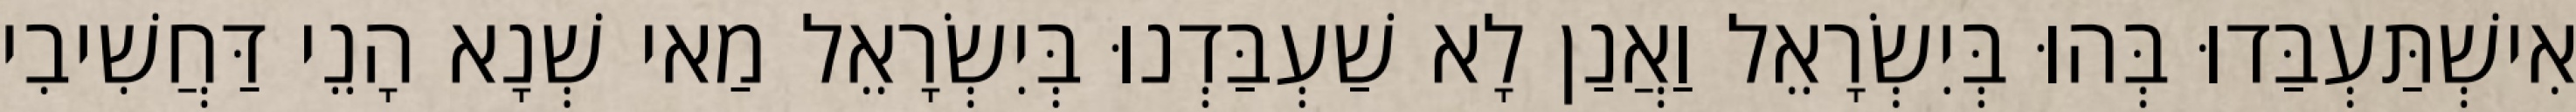
אִישְׁתַּעְבַּדוּ בְּהוּ בְּיִשְׂרָאֵל וַאֲנַן לָא שַׁעְבַּדְנוּ בְּיִשְׂרָאֵל מַאי שְׁנָא הָנֵי דַּחֲשִׁיבִי